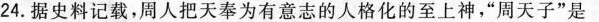
24.据史料记载，周人把天奉为有意志的人格化的至上神，”周天子”是